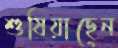
শুষিয়াছেন